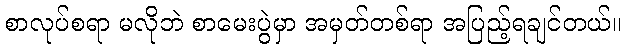
စာလုပ်စရာ မလိုဘဲ စာမေးပွဲမှာ အမှတ်တစ်ရာ အပြည့်ရချင်တယ်။